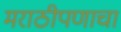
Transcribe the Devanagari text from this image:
मराठीपणाचा